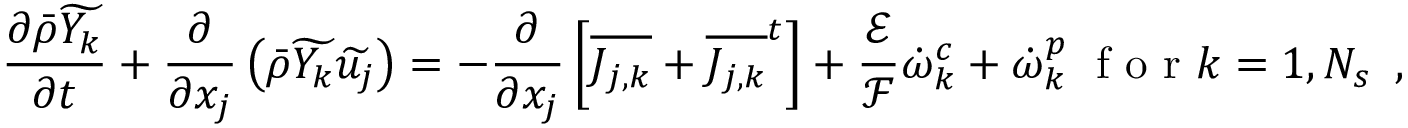
\frac { \partial \bar { \rho } \widetilde { Y _ { k } } } { \partial t } + \frac { \partial } { \partial x _ { j } } \left( \bar { \rho } \widetilde { Y _ { k } } \widetilde { u _ { j } } \right) = - \frac { \partial } { \partial x _ { j } } \left[ \overline { { J _ { j , k } } } + { \overline { { J _ { j , k } } } ^ { t } } \right] + \frac { \mathcal { E } } { \mathcal { F } } \dot { \omega } _ { k } ^ { c } + \dot { \omega } _ { k } ^ { p } \; \mathrm { ~ f ~ o ~ r ~ } k = 1 , N _ { s } \, \mathrm { ~ , ~ }